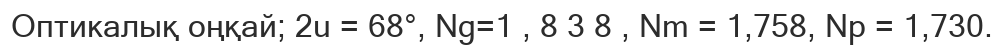
Оптикалық оңқай; 2u = 68°, Ng=1 , 8 3 8 , Nm = 1,758, Np = 1,730.